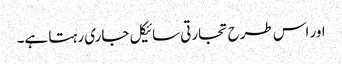
اور اس طرح تجارتی سائیکل جاری رہتا ہے۔